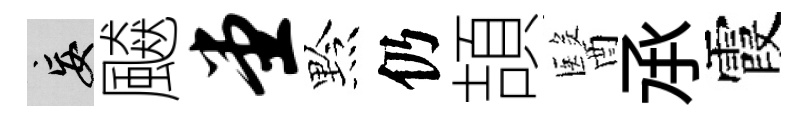
妄飇堂黔仍頡醫𠄘霞